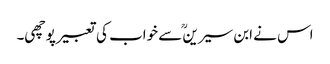
اس نے ابن سیرینؒ سے خواب کی تعبیر پوچھی۔